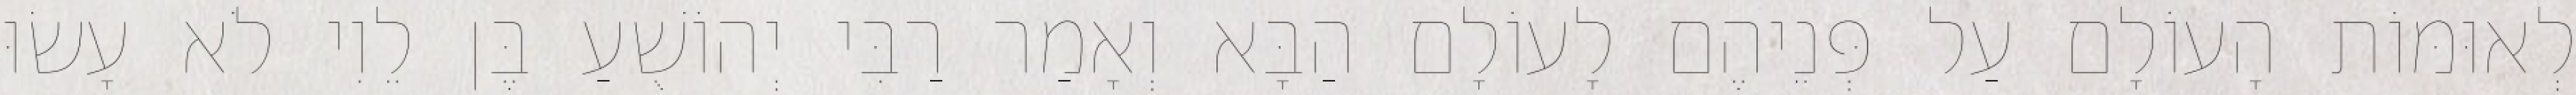
לְאוּמּוֹת הָעוֹלָם עַל פְּנֵיהֶם לָעוֹלָם הַבָּא וְאָמַר רַבִּי יְהוֹשֻׁעַ בֶּן לֵוִי לֹא עָשׂוּ